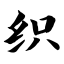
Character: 织